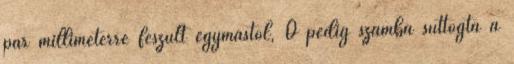
pár milliméterre feszült egymástól, Ő pedig számba suttogta a